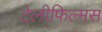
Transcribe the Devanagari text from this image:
टेलीफिल्मस